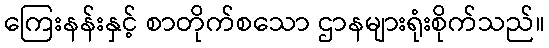
ကြေးနန်းနှင့် စာတိုက်စသော ဌာနများရုံးစိုက်သည်။